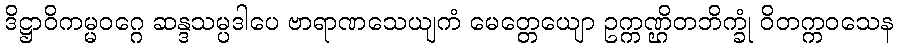
ဒိဋ္ဌာဝိကမ္မဝဂ္ဂေ ဆန္ဒသမ္ပဒါပေ ဗာရာဏသေယျကံ မေတ္တေယျော ဥက္ကဏ္ဌိတဘိက္ခုံ ဝိတက္ကဝသေန